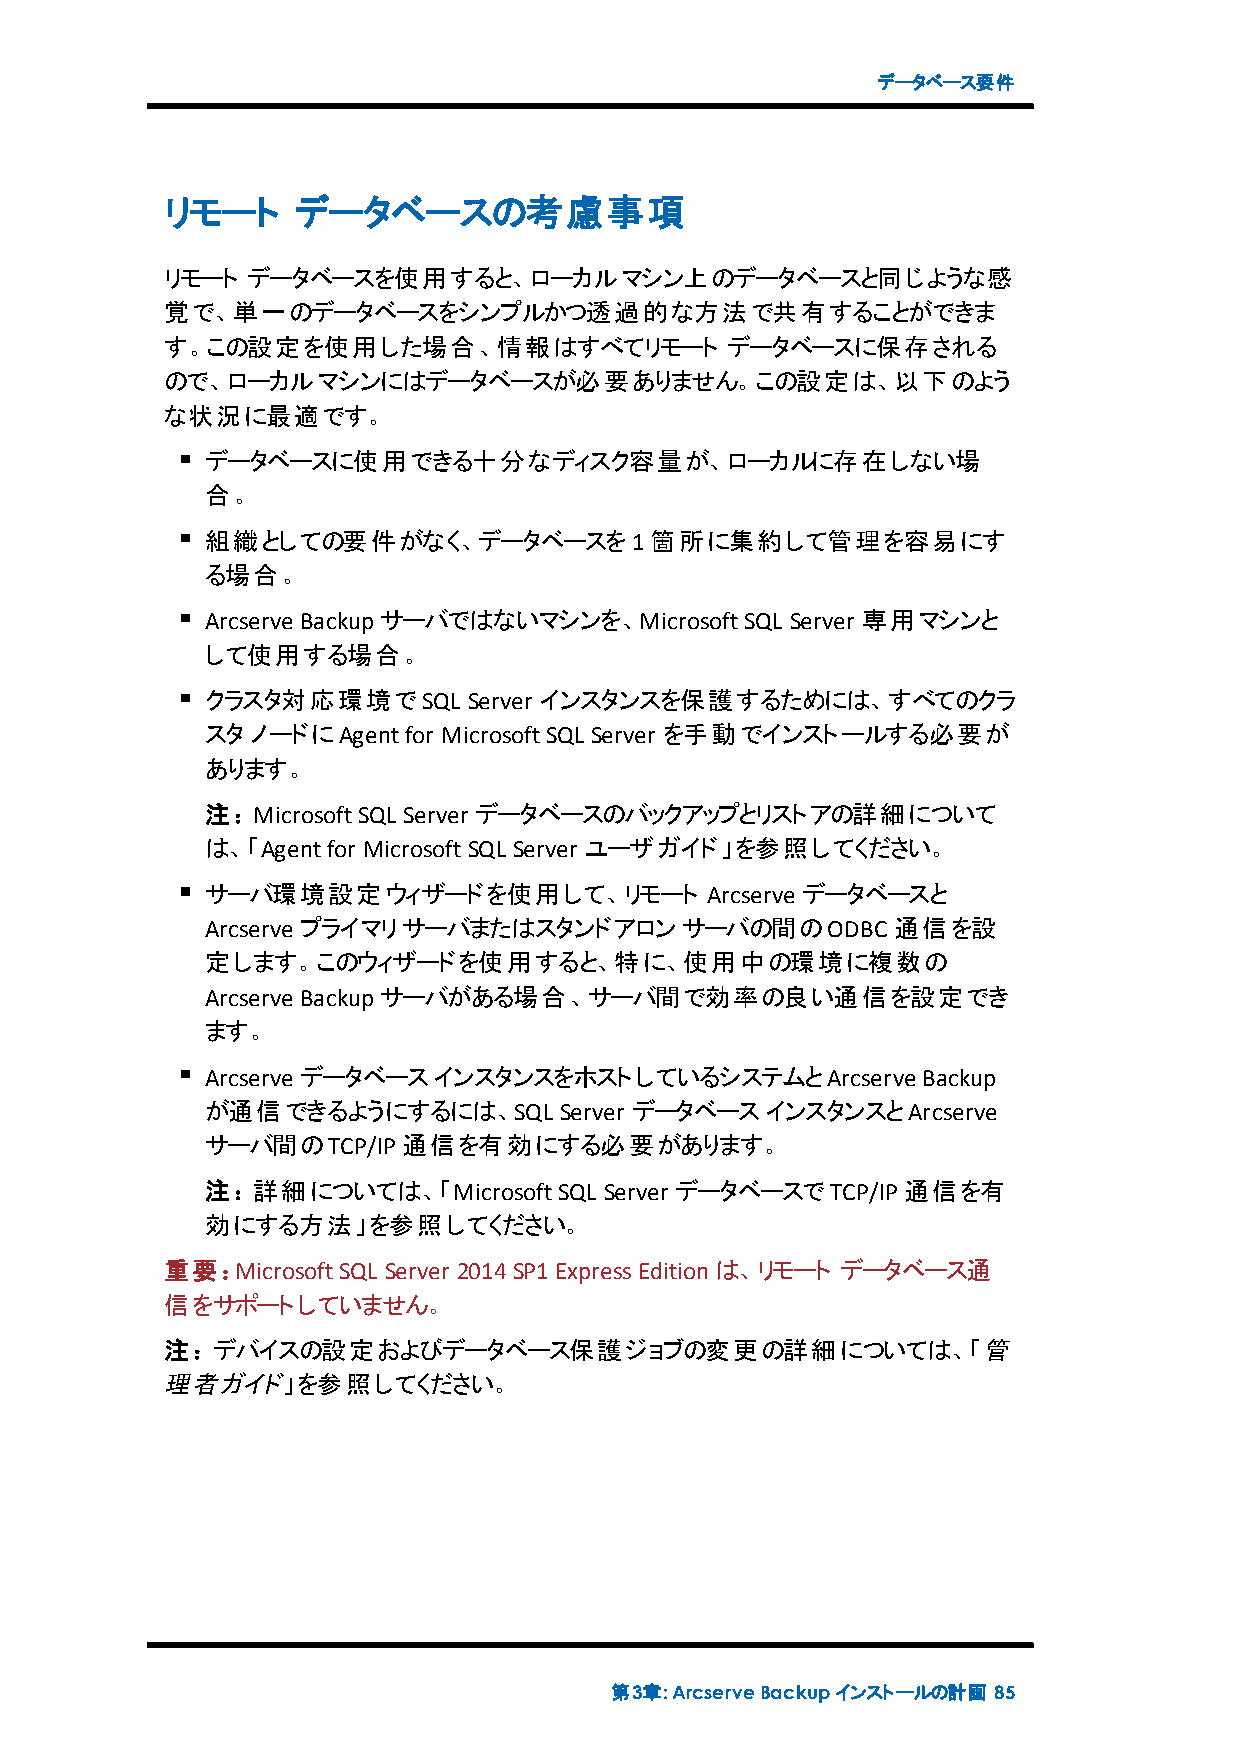
データベース要件
 リモート    データベースの考慮事項
 リモート データベースを使用すると、ローカルマシン上のデータベースと同じような感
 覚で、単一のデータベースをシンプルかつ透過的な方法で共有することができま
 す。この設定を使用した場合、情報はすべてリモート             データベースに保存される
 ので、ローカルマシンにはデータベースが必要ありません。この設定は、以下のよう
 な状況に最適です。
 データベースに使用できる十分なディスク容量が、ローカルに存在しない場
 合。
 組織としての要件がなく、データベースを1箇所に集約して管理を容易にす
 る場合。
 Arcserve Backupサーバではないマシンを、MicrosoftSQL Server 専用マシンと
 して使用する場合。
 クラスタ対応環境でSQL     Server インスタンスを保護するためには、すべてのクラ
 スタノードにAgentfor MicrosoftSQL Server を手動でインストールする必要が
 あります。
 注：MicrosoftSQL Server データベースのバックアップとリストアの詳細について
 は、「Agentfor MicrosoftSQL Server ユーザガイド」を参照してください。
 サーバ環境設定ウィザードを使用して、リモート           Arcserve データベースと
 Arcserve プライマリサーバまたはスタンドアロンサーバの間のODBC        通信を設
 定します。このウィザードを使用すると、特に、使用中の環境に複数の
 Arcserve Backupサーバがある場合、サーバ間で効率の良い通信を設定でき
 ます。
 Arcserve データベースインスタンスをホストしているシステムとArcserve     Backup
 が通信できるようにするには、SQL      Server データベースインスタンスとArcserve
 サーバ間のTCP/IP通信を有効にする必要があります。
 注：詳細については、「MicrosoftSQL   Server データベースでTCP/IP通信を有
 効にする方法」を参照してください。
 重要：MicrosoftSQL Server 2014SP1ExpressEditionは、リモート データベース通
 信をサポートしていません。
 注：デバイスの設定およびデータベース保護ジョブの変更の詳細については、「管
 理者ガイド」を参照してください。
 第3章:ArcserveBackupインストールの計画 85